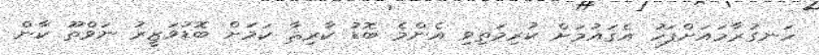
ހަނގުރާމައަށްފަހު އެޤައުމަށް ކުރިމަތިވި އެންމެ ބޮޑު ކާރިޘާ ކަމަށް ބޮޑުވަޒީރު ނަވްތޫ ކާން